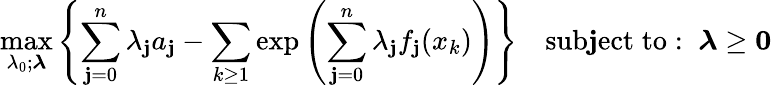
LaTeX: \operatorname*{max}_{\lambda_{0};{\boldsymbol{\lambda}}}\left\{ \sum_{\mathbf{j}=0}^{n}\lambda_{\mathbf{j}}a_{\mathbf{j}}-\sum_{k\geq1}\exp\left(\sum_{\mathbf{j}=0}^{n}\lambda_{\mathbf{j}}f_{\mathbf{j}}(x_{k})\right)\right\} \quad\mathrm{{sub\mathbf{j}ect\; to:\; \; }}{\boldsymbol{\lambda}}\geq\mathbf{{0}}